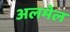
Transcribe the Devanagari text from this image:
अलमेल